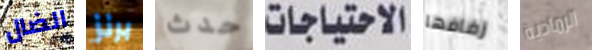
الضال برنز حدث الاحتياجات زفافها الرمادية